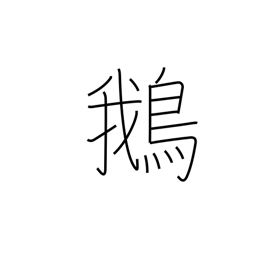
Meaning: goose